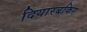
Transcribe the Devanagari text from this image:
दियारबकिर